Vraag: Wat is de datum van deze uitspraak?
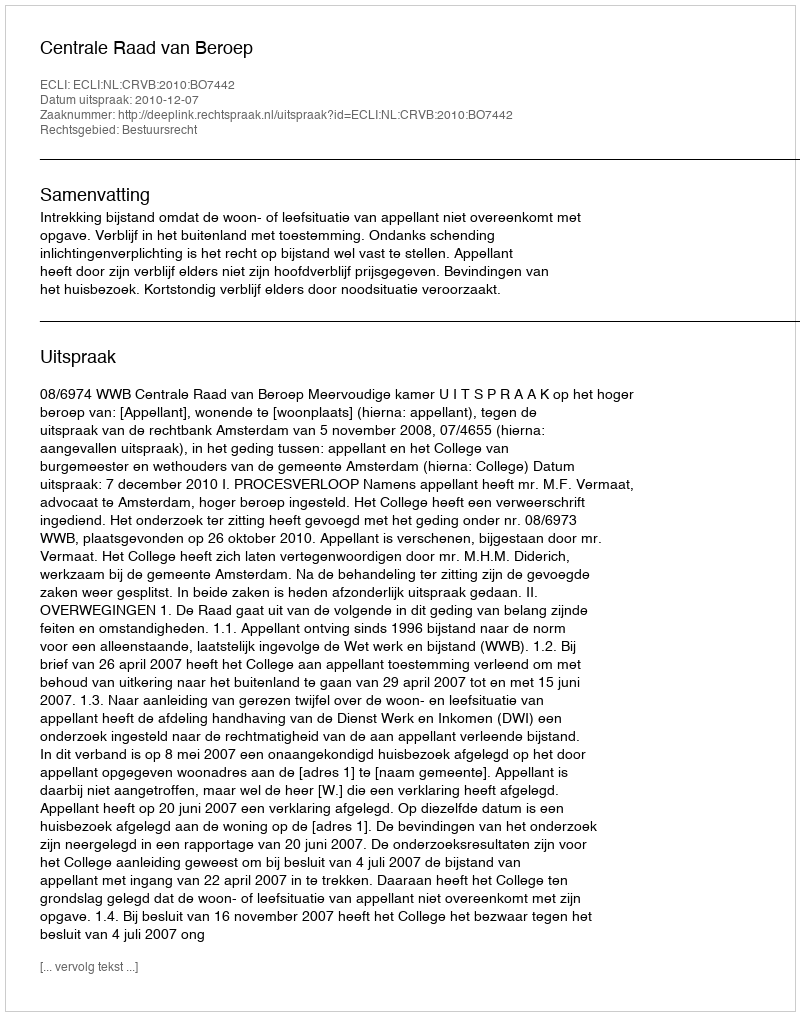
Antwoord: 2010-12-07